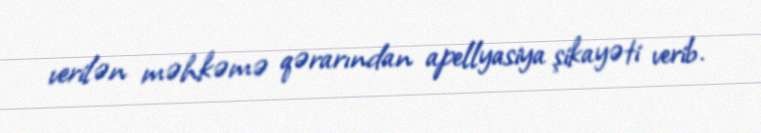
verilən məhkəmə qərarından apellyasiya şikayəti verib.